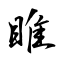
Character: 睢